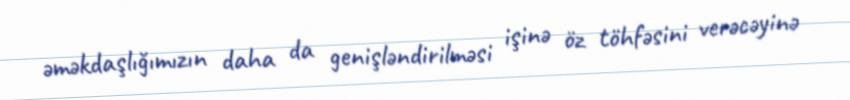
əməkdaşlığımızın daha da genişləndirilməsi işinə öz töhfəsini verəcəyinə